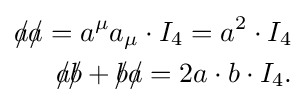
{\begin{aligned}{a\!\!\!/}{a\!\!\!/}=a^{\mu }a_{\mu }\cdot I_{4}=a^{2}\cdot I_{4}\\{a\!\!\!/}{b\!\!\!/}+{b\!\!\!/}{a\!\!\!/}=2a\cdot b\cdot I_{4}.\end{aligned}}